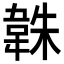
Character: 𮧱